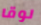
لوقا